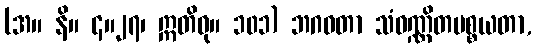
(အ။ နိ။ ၄။၂၇၊ ဣတိဝု။ ၁၀၁) ဘဂဝတာ သံဝဏ္ဏိတပစ္စယတာ,